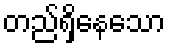
တည်ရှိနေသော